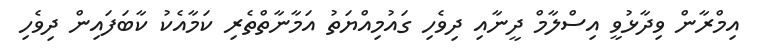
އިމްރާން ވިދާޅުވީ އިސްލާމް ދީނާއި ދިވެހި ގައުމިއްޔަތު އަމާނާތްތެރި ކަމާއެކު ކާބަފައިން ދިވެހި